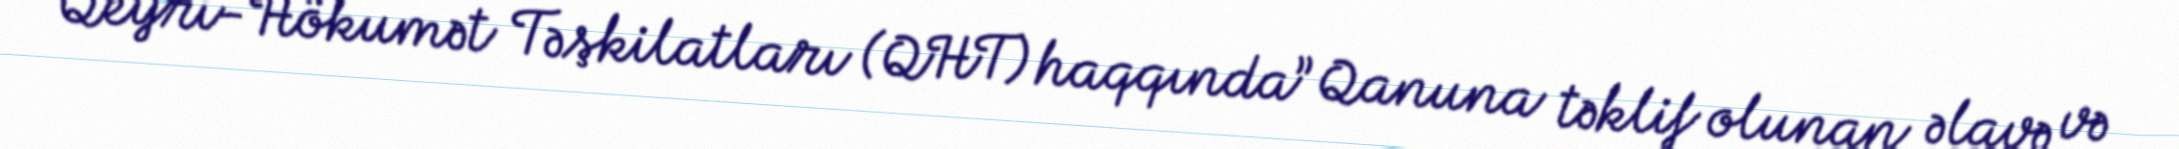
“Qeyri-Hökumət Təşkilatları (QHT) haqqında” Qanuna təklif olunan əlavə və